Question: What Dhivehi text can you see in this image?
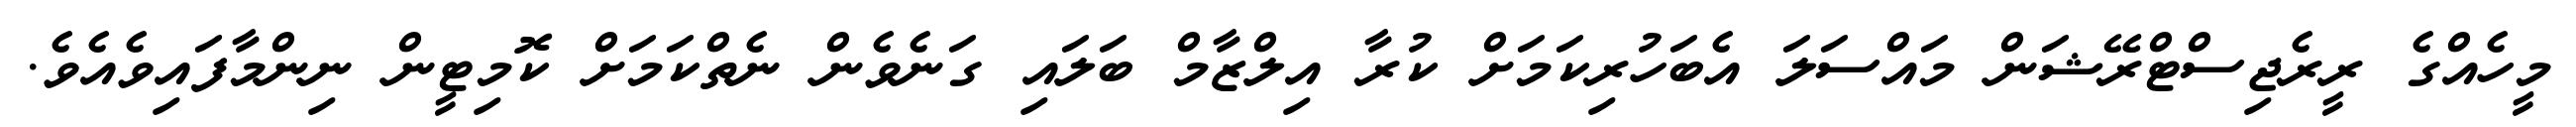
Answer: މީހެއްގެ ރީރެޖިސްޓްރޭޝަން މައްސަލަ އެބަހުރިކަމަށް ކުރާ އިލްޒާމް ބަލައި ގަނެވެން ނެތްކަމަށް ކޮމިޓީން ނިންމާފައިވެއެވެ.